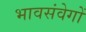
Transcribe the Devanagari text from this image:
भावसंवेगों